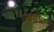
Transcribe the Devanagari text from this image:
व्याखयाएं